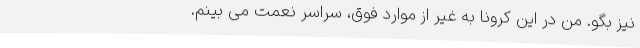
نیز بگو. من در این کرونا به غیر از موارد فوق، سراسر نعمت می بینم.